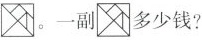
。一副多少钱?